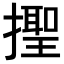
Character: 𢶫